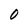
Character: 0